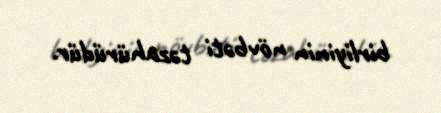
birliyinin növbəti təzahürüdür.